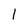
Character: l